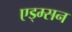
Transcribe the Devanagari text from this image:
एड्म्सन